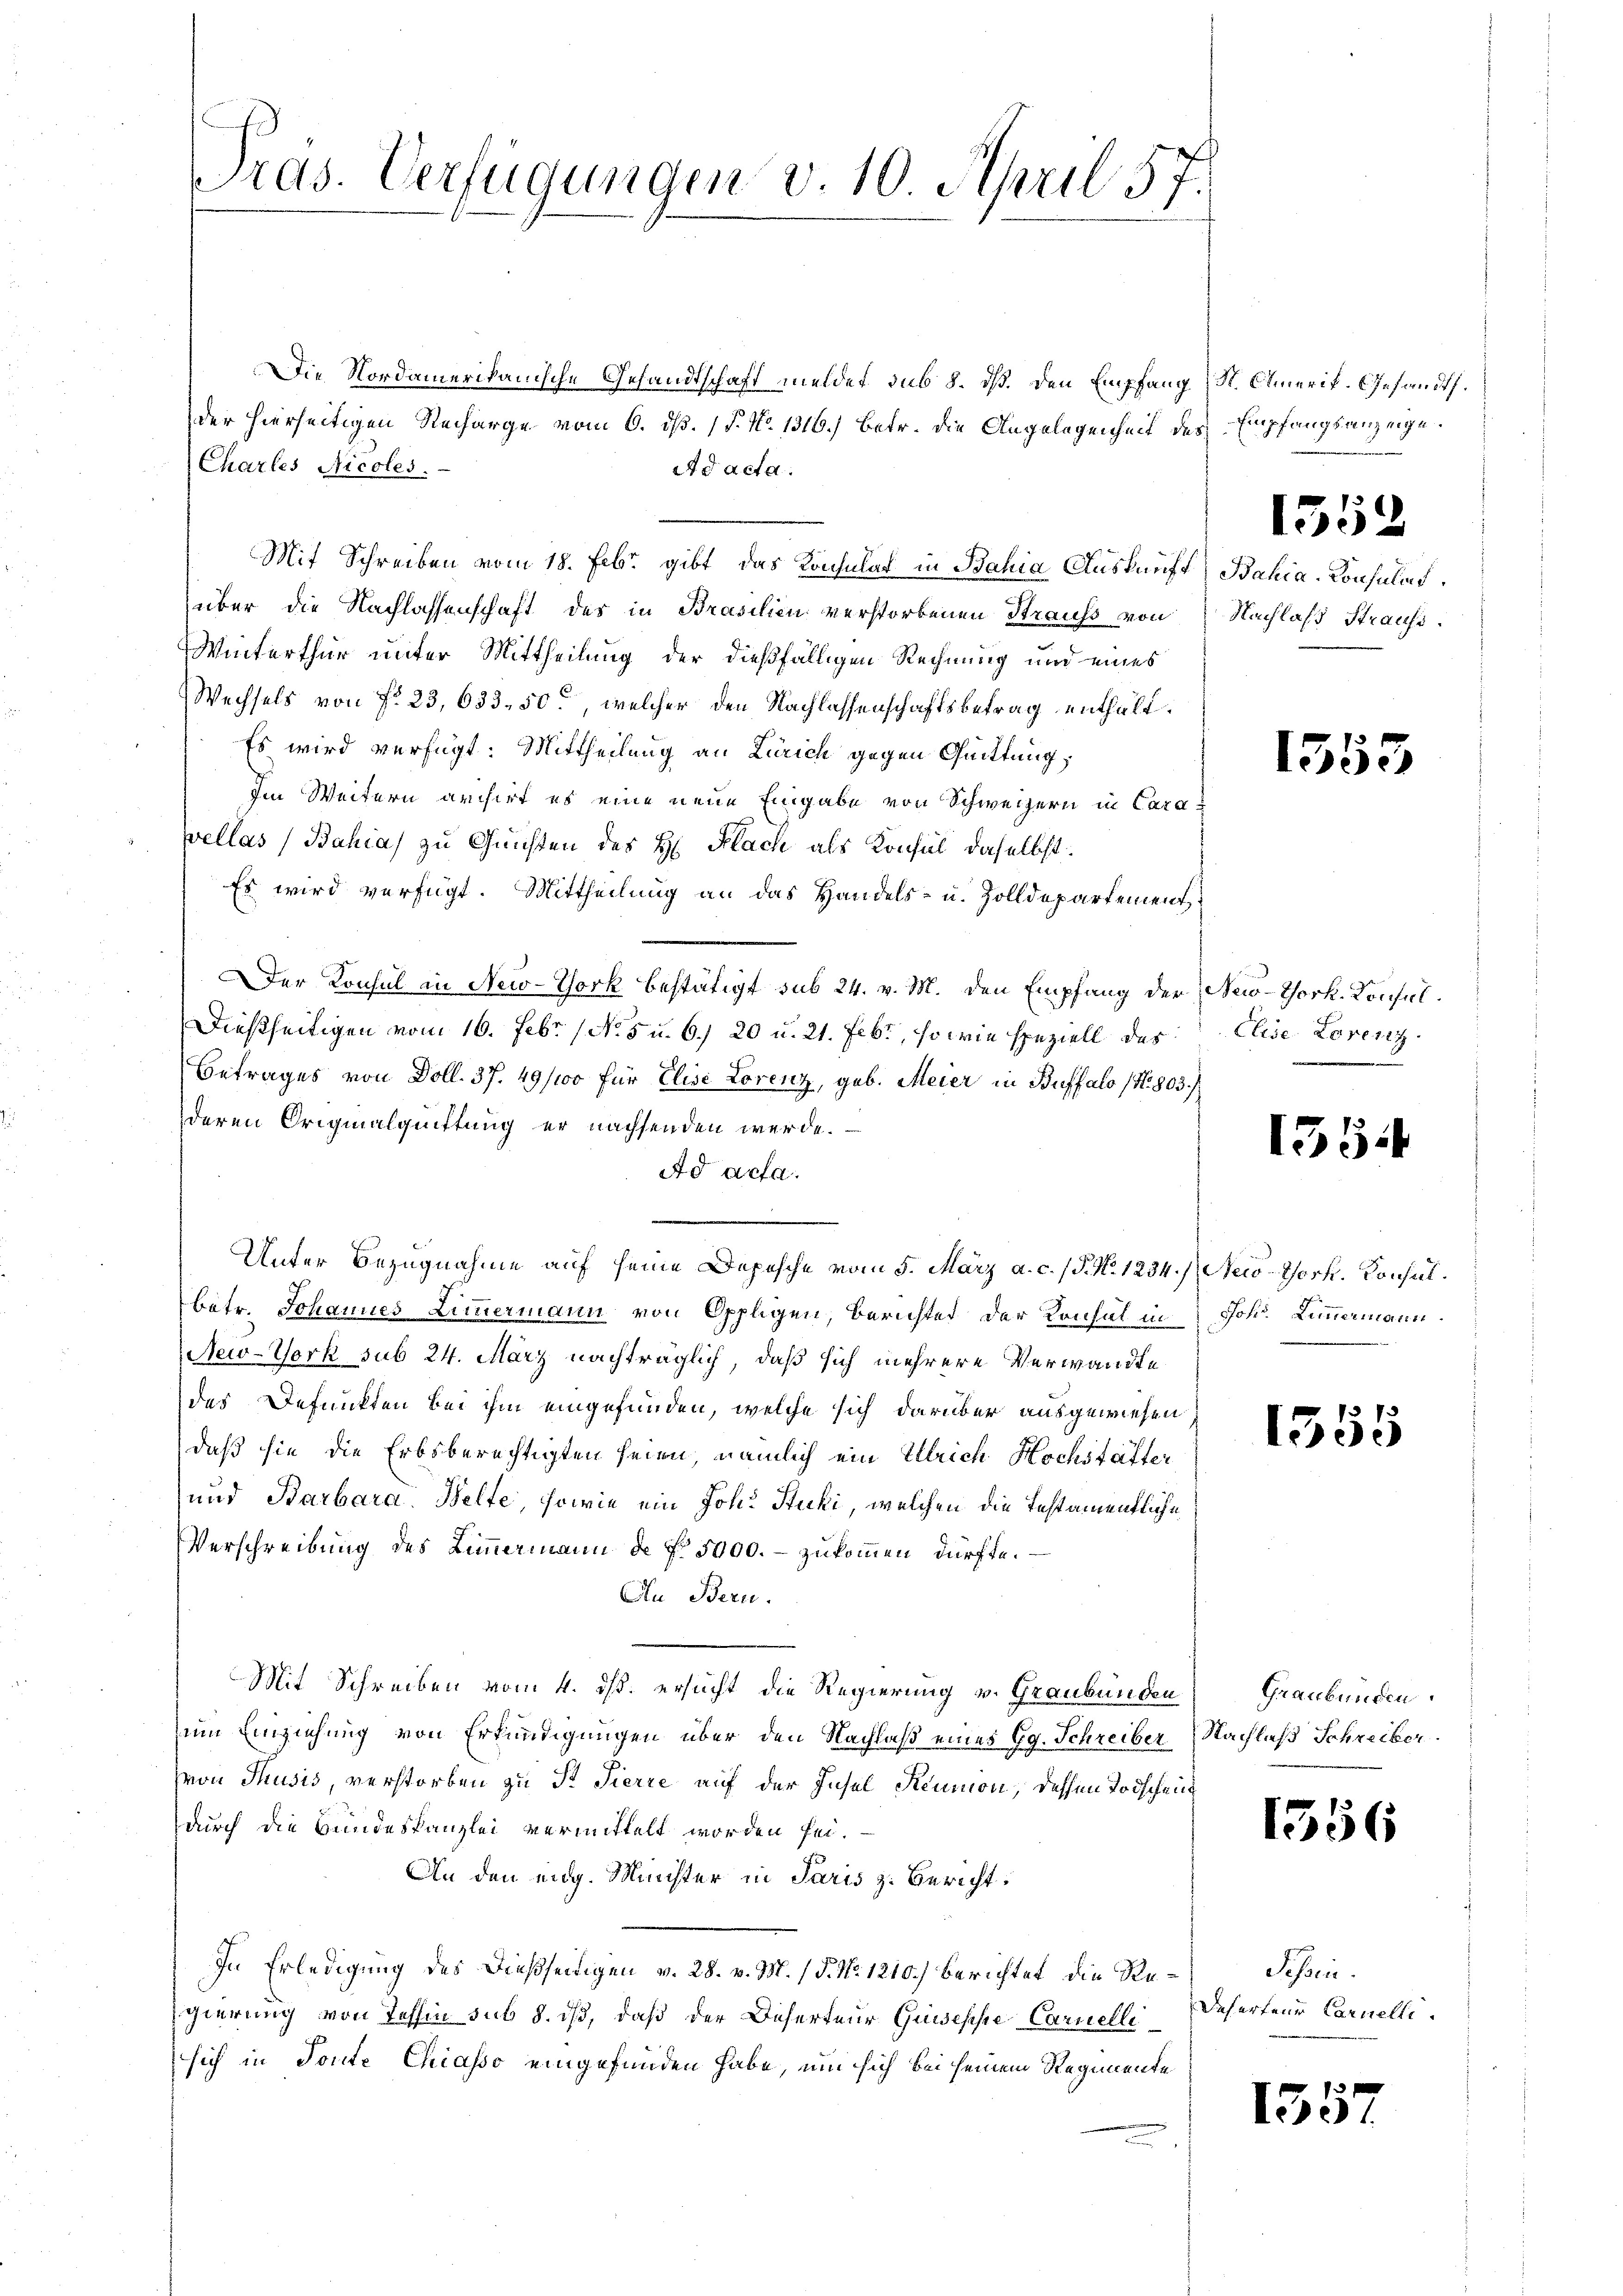
Pras. Verfügungen v. 10. April 57.

Die Nordamerikanische Gesandtschaft meldet sub 8. dß. Den Empfang, St. Amerik. Gesandt.
der hierseitigen Recharge vom 6. ds. (T. No. 1316.) Betr. die Angelegenheit des Empfangsanzeige.
Chartes Nicoles.
ad acta.
Mit Schreiben vom 18. Febr. gibt das Konsulat in Bahia Auskunft Bahia-Konsulat
über die Nachlassenschaft des in Brasilien verstorbenen Straufs von Nachlaß Strause
Winterthur unter Mittheilung der dießfälligen Rechnung und eines
Wechsels von No 23, 633. 50, welcher den Nachlassenschaftsbetrag enthält.
Es wird verfügt: Mittheilung an Zürich gegen Quittung,
Im Weitern archirt es eine neue Eingabe von Schweizern in Cara¬
Wellas Bahia) zu Guichten des H. Flach als Konsul daselbst.
Es wird verfügt. Mittheilung an das Handels- u. Zolldepartement
Der Konsul in Neid-Tork bestätigt sub 24. v. M. den Empfang der New-York. Konsul¬
Dießseitigen vom 16. Febr. (N. 5 u. 6./ 20 u. 21. Febr., so wie speziell das
Betrages von Doll. 37. 49/100 für Elise Lorenz, geb. Meier in Buffalo (Nr. 803.
deren Originalquittung er nachsenden werde.
Ad acta.
.
Unter Bezugnahme auf seine Depesche vom 5. März a. c. (T. N. 1234. / Neio-York. Konsulbetr. Johannes Zimmermann von Oppligen, Berichtes der Konsul in Joh. Limmermann
New-York sub 24. März nachträglich, daß sich mehrere Verwandte
des Defunkten bei ihm eingefunden, welche sich darüber ausgewiesen
daß sie die Erbsberechtigten seien, nämlich ein Ullrich Hochstätter
und Barbara Belfe, sowie ein Joh. Stucki, welchen die Testamentliche
Verschreibung des Limmermann de No. 5000.- zukommen dürfte.
Au Bern.
Mit Schreiben vom 4. ds. ersucht die Regierung v. Graubünden
um Einziehung von Erkundigungen über den Nachlaß eines Gg. Schreiber Nachlaß Schreiber
hvon Thusis, verstorben zu Pr. Sierre auf der Insel Reumon, dessen Todscheint
durch die Bundeskanzlei vermittelt worden sei.
An den eidg. Münster in Paris z. Bericht
In Erledigung des dießseitigen v. 28. v. M. (T. No. 1210.) berichtet, die Regierung von Tessin sub 8. iß, daß der Deserteur Guseppe Carnellisich in Toute Chiasso eingefunden habe, um sich bei seinem Regimente

1552

1353

Elise Lorenz

1554

1355

Graubünden.

1356

Tessin.
Deserteur Carnelle.

1357